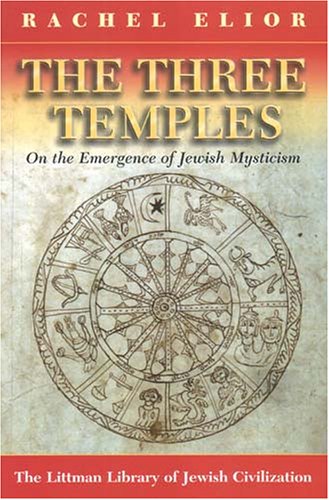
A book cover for The Three Temples: On the Emergence of Jewish Mysticism; Rachel Elior; Religion & Spirituality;